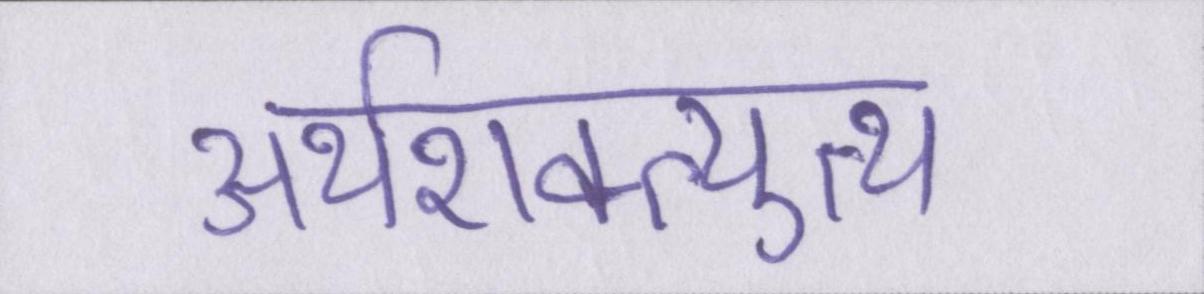
अर्थशक्त्युत्थ